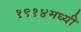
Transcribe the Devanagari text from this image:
१९१४मध्यी